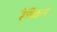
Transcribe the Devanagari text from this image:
रैब्किन